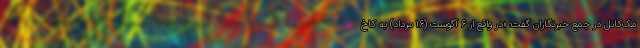
مک‌کانل در جمع خبرنگاران گفت: «در واقع از ۶ آگوست (۱۶ مرداد) به کاخ